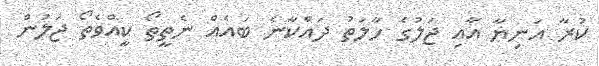
ކުރާ އަނިޔާ އާއި ޖަލުގެ ހާލަތު ދައްކާނެ ބައެއް ނެތީތޯ ކީއްވެތޯ ޖަލުން